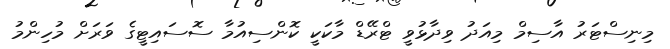
މިނިސްޓަރު އާސިމް މިއަދު ވިދާޅުވީ ޓްރޭޑް މާކަކީ ކޮންސިއުމާ ސޮސައިޓީގެ ވަރަށް މުހިންމު